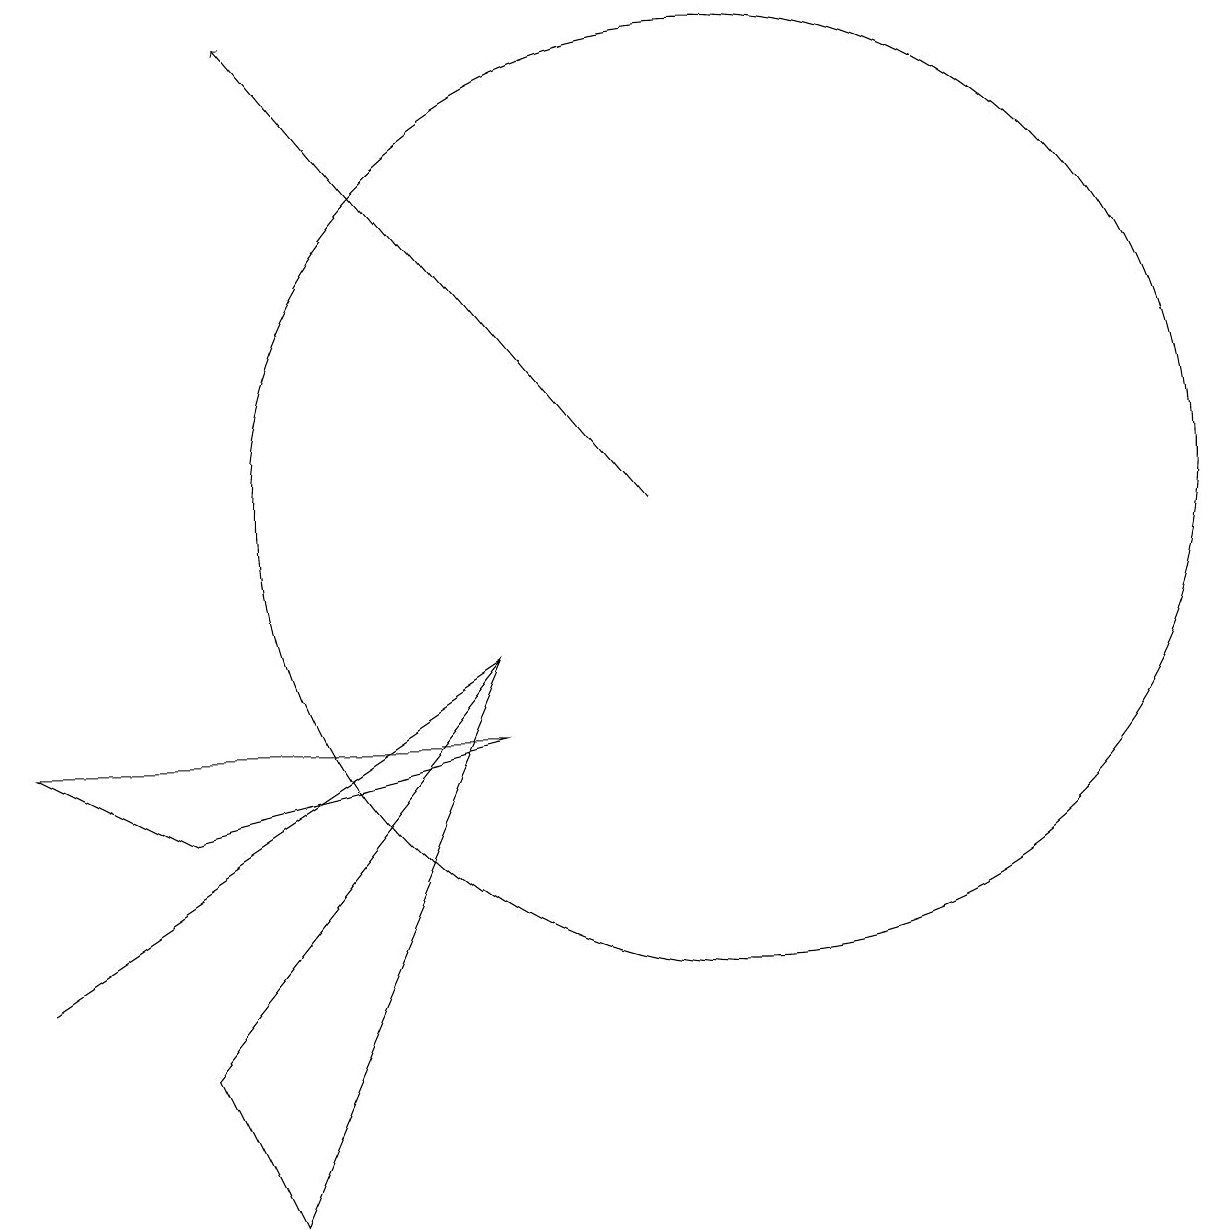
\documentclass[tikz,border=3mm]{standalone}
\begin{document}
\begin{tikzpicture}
\draw (3,6) -- (7,7) -- (1,7) -- cycle;
\draw (10,10) circle (6);
\draw (7,8) -- (7,8) -- (1,4) -- cycle;
\draw[->] (9,10) -- (4,16);
\draw (7,8) -- (4,1) -- (3,3) -- cycle;
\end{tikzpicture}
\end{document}